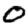
Digit: 0